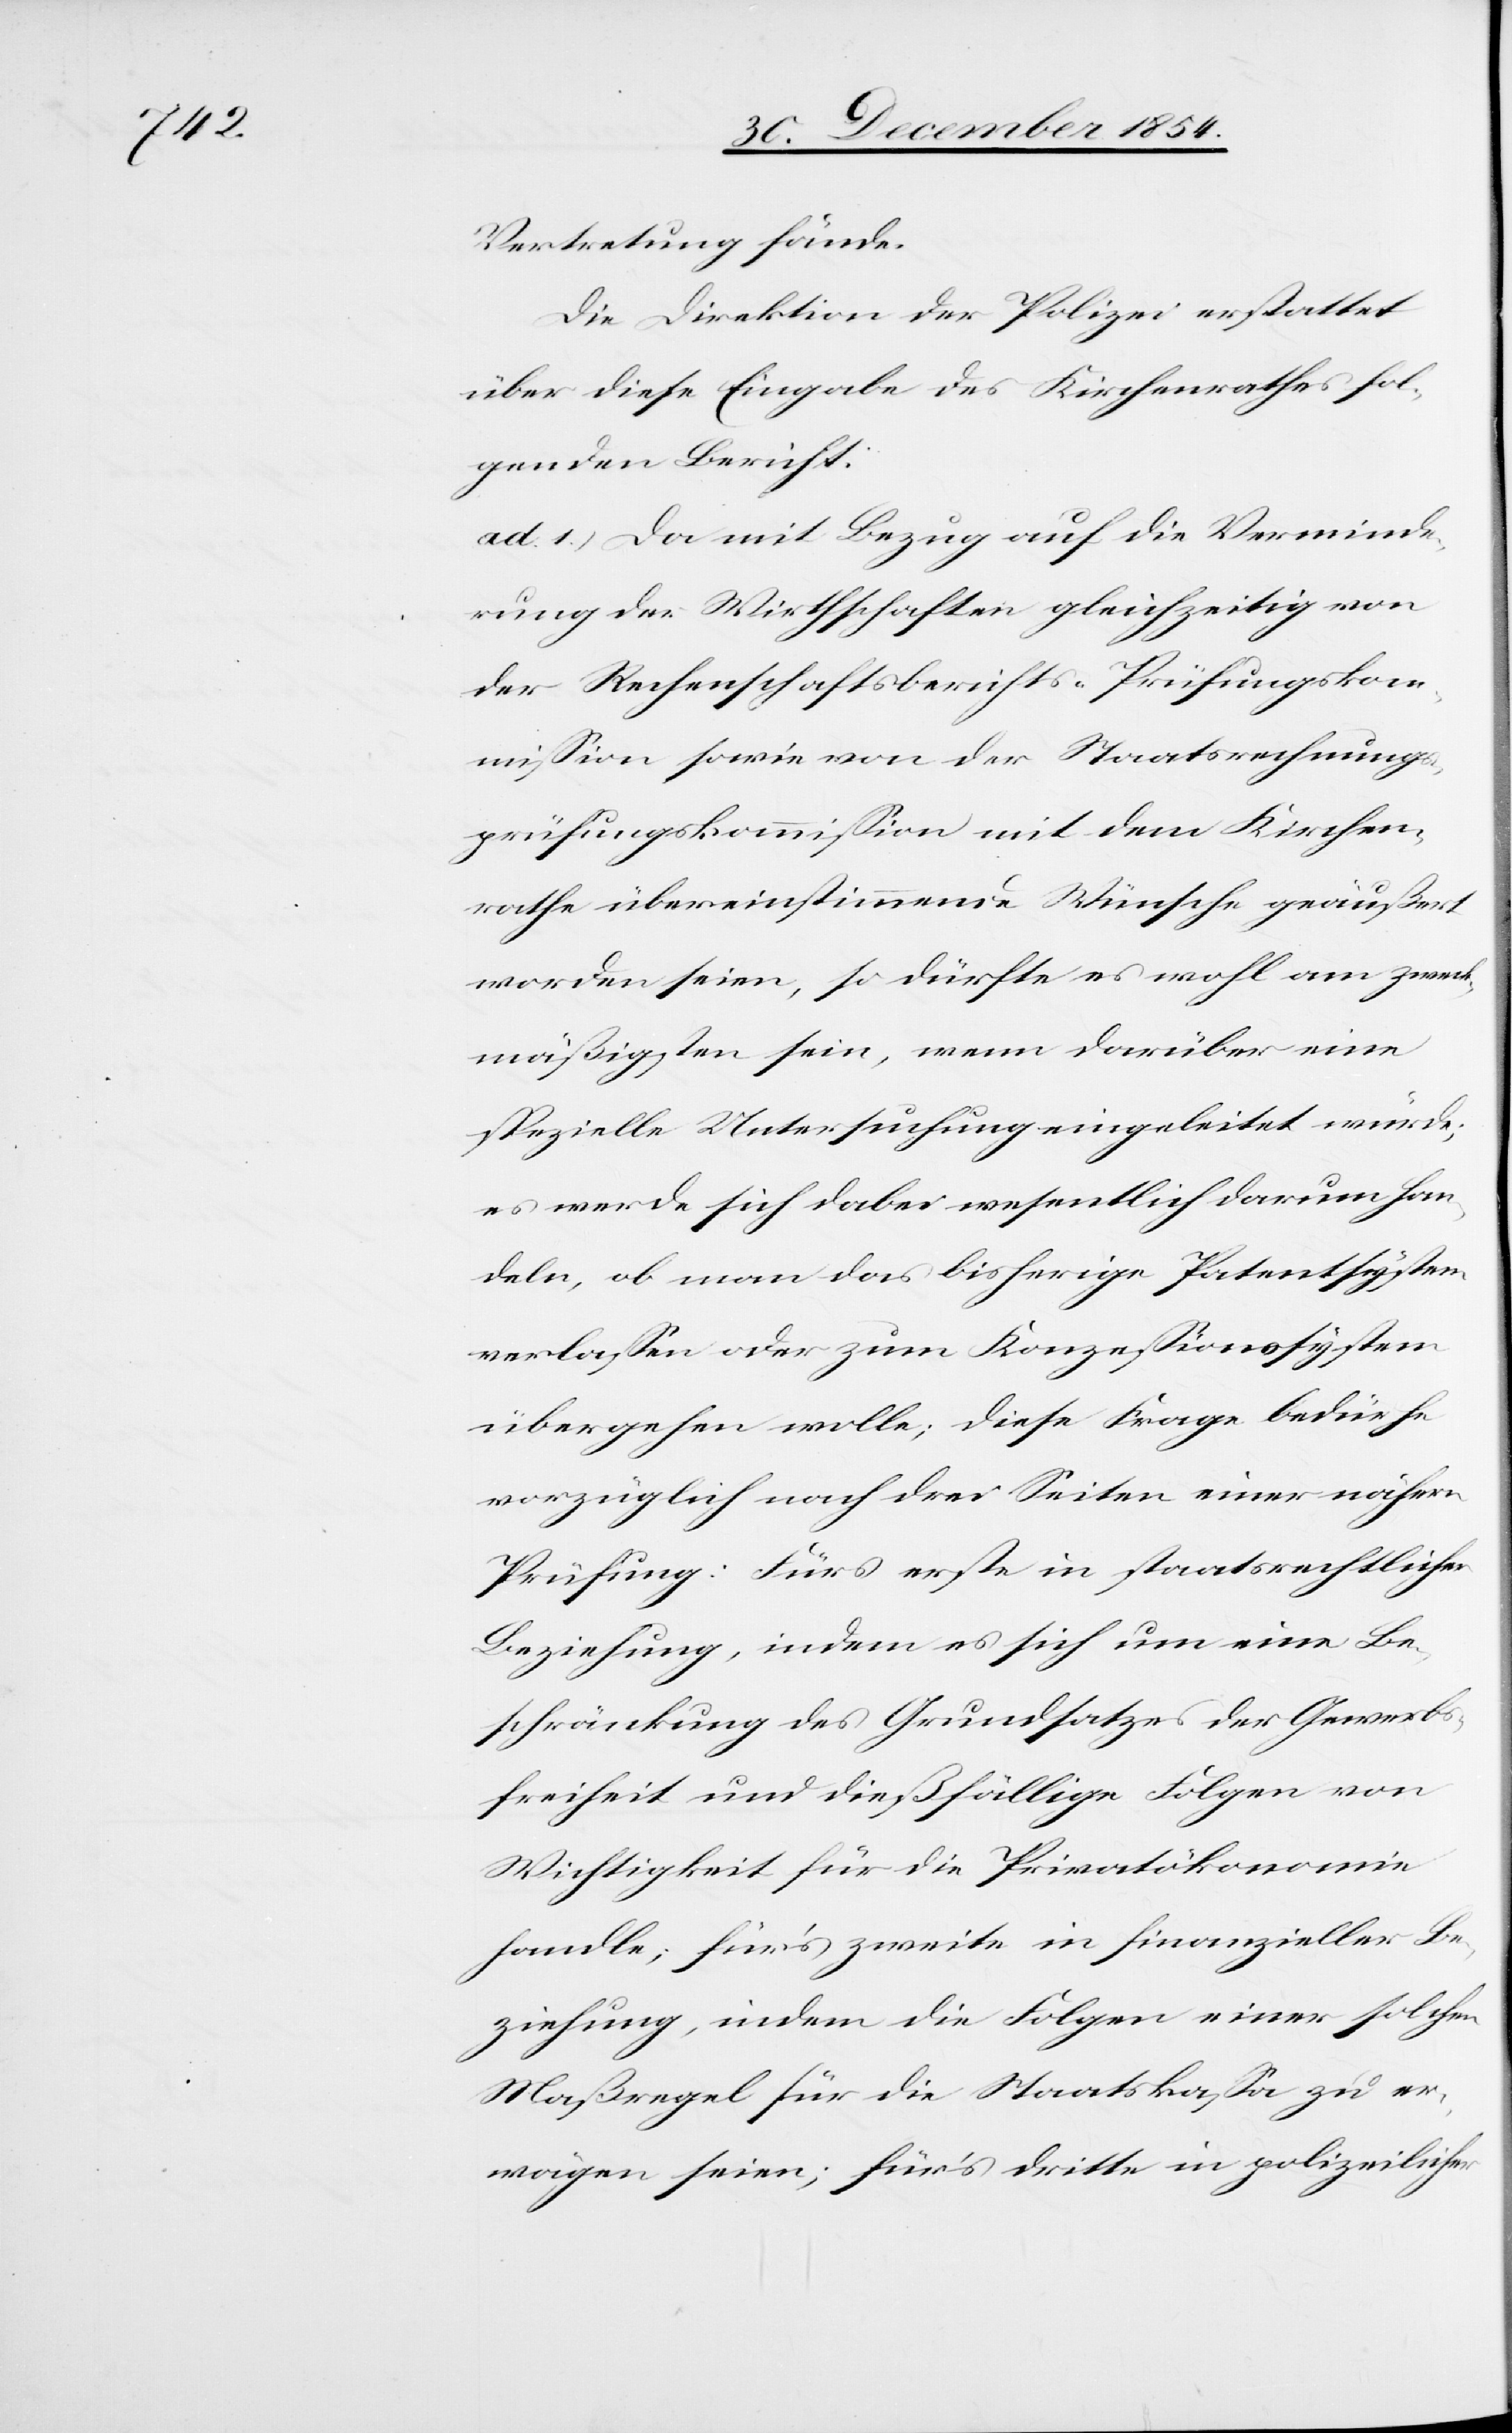
Vertretung fände.
Die Direktion der Polizei erstattet
über diese Eingabe des Kirchenrathes fol¬
genden Bericht:
ad. 1.) Da mit Bezug auf die Verminde¬
rung der Wirthschaften gleichzeitig von
der Rechenschaftsberichts-Prüfungskom¬
mißion sowie von der Staatsrechnungs¬
prüfungskommißion mit dem Kirchen¬
rathe übereinstimmende Wünsche geäußert
worden seien, so dürfte es wohl am zweck¬
mäßigsten sein, wenn darüber eine
spezielle Untersuchung eingeleitet würde;
es werde sich dabei wesentlich darum han¬
deln, ob man das bisherige Patentsystem
verlaßen oder zum Konzeßionssystem
übergehen wolle; diese Frage bedürfe
vorzüglich nach drei Seiten einer nähern
Prüfung: Fürs erste in staatsrechtlicher
Beziehung, indem es sich um eine Be¬
schränkung des Grundsatzes der Gewerbs¬
freiheit und dießfällige Folgen von
Wichtigkeit für die Privatökonomie
handle; für’s zweite in finanzieller Be¬
ziehung, indem die Folgen einer solchen
Maßregel für die Staatskaßa zu er¬
wägen seien; für’s dritte in polizeilicher